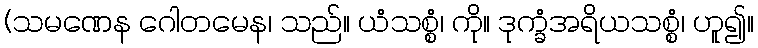
(သမဏေန ဂေါတမေန၊ သည်။ ယံသစ္စံ၊ ကို။ ဒုက္ခံအရိယသစ္စံ၊ ဟူ၍။